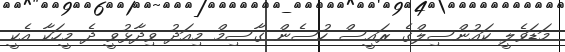
މަޑަވެލީ ކައުންސިލްގެ ރައީސް ހުސެން ގާސިމް މިއަދު ވިދާޅުވީ ދެ މީހަކާ އެކީ